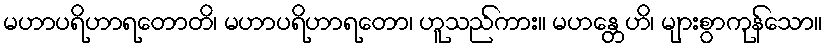
မဟာပရိဟာရတောတိ၊ မဟာပရိဟာရတော၊ ဟူသည်ကား။ မဟန္တေဟိ၊ များစွာကုန်သော။